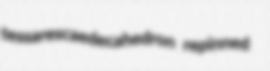
tessarescaedecahedron repinned